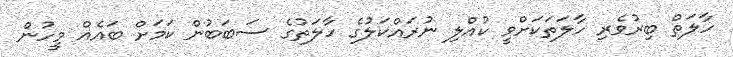
ހާލަތް ބިރުވެރި ހާލަތަކަށްވީ ކުއްލި ނުރައްކަލުގެ ހާލަތުގެ ސަބަބުން ކަމަށް ބައެއް މީހުން